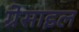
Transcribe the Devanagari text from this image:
ग्रेसाइल